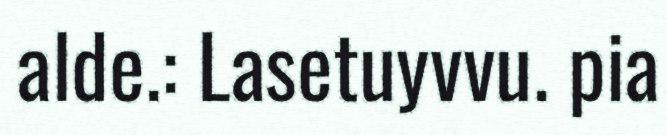
alde.: Lasetuyvvu. pia